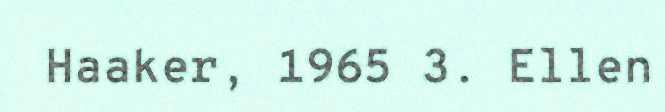
Haaker, 1965 3. Ellen